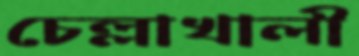
চেল্লাখালী